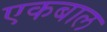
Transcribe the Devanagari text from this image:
एकबाल